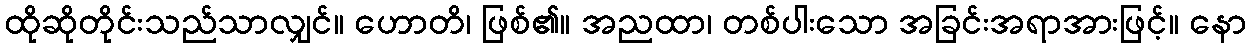
ထိုဆိုတိုင်းသည်သာလျှင်။ ဟောတိ၊ ဖြစ်၏။ အညထာ၊ တစ်ပါးသော အခြင်းအရာအားဖြင့်။ နော